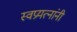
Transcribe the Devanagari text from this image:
स्वप्रयत्‍नांनी